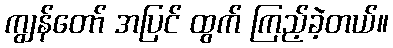
ကျွန်တော် အပြင် ထွက် ကြည့်ခဲ့တယ်။